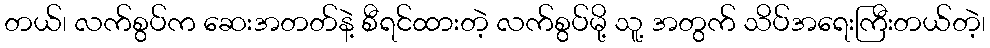
တယ်၊ လက်စွပ်က ဆေးအတတ်နဲ့ စီရင်ထားတဲ့ လက်စွပ်မို့ သူ့ အတွက် သိပ်အရေးကြီးတယ်တဲ့၊